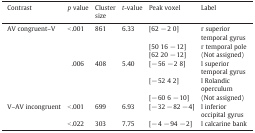
<table><thead><tr><td><b>Contrast</b></td><td><b><i>p</i> value</b></td><td><b>Cluster size</b></td><td><b><i>t</i>-value</b></td><td><b>Peak voxel</b></td><td><b>Label</b></td></tr></thead><tbody><tr><td>AV congruent–V</td><td>&lt; .001</td><td>861</td><td>6.33</td><td>[62 − 2 0]</td><td>r superior temporal gyrus</td></tr><tr><td>[50 16 − 12]</td><td>r temporal pole</td></tr><tr><td>[62 20 − 12]</td><td>(Not assigned)</td></tr><tr><td>.006</td><td>408</td><td>5.40</td><td>[− 56 − 2 8]</td><td>l superior temporal gyrus</td></tr><tr><td>[− 52 4 2]</td><td>l Rolandic operculum</td></tr><tr><td>[− 60 6 − 10]</td><td>(Not assigned)</td></tr><tr><td>V–AV incongruent</td><td>&lt; .001</td><td>699</td><td>6.93</td><td>[− 32 − 82 − 4]</td><td>l inferior occipital gyrus</td></tr><tr><td>&lt; .022</td><td>303</td><td>7.75</td><td>[− 4 − 94 − 2]</td><td>l calcarine bank</td></tr></tbody></table>